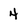
Character: 4